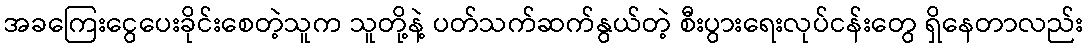
အခကြေးငွေပေးခိုင်းစေတဲ့သူက သူတို့နဲ့ ပတ်သက်ဆက်နွယ်တဲ့ စီးပွားရေးလုပ်ငန်းတွေ ရှိနေတာလည်း